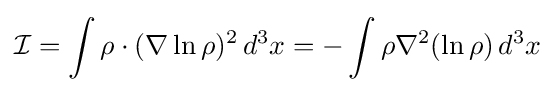
{\mathcal {I}}=\int \rho \cdot (\nabla \ln \rho )^{2}\,d^{3}x=-\int \rho \nabla ^{2}(\ln \rho )\,d^{3}x